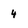
Character: 4